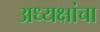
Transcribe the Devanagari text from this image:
अध्यक्षांचा